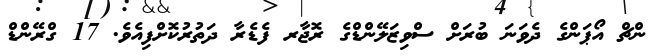
ންޗް އޯޕަންގެ ދެވަނަ ބުރަށް ސްވިޒަލޭންޑްގެ ރޮޖާރ ފެޑެރާ ދަތުރުކޮށްފިއެވެ. 17 ގްރޭންޑް